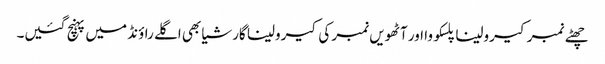
چھٹے نمبر کیرولینا پلسکووا اور آٹھویں نمبر کی کیرولینا گارشیا بھی اگلے راؤنڈ میں پہنچ گئیں۔